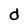
Character: d